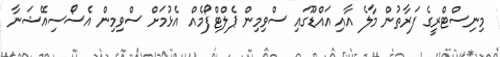
މިނިސްޓްރީގެ ފަރާތުން މާލެ އާއި އައްޑޫގައި ސްވިމިން ޕެލްޓްފޯމެއް އެޅުމަށް ސްވިމިން އެސޯސިއޭޝަނާ